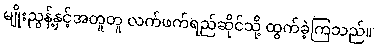
မျိုးညွန့်နှင့်အတူတူ လက်ဖက်ရည်ဆိုင်သို့ ထွက်ခဲ့ကြသည်။